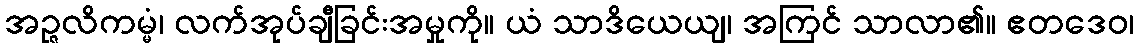
အဉ္ဇလိကမ္မံ၊ လက်အုပ်ချီခြင်းအမှုကို။ ယံ သာဒိယေယျ၊ အကြင် သာလာ၏။ ဧတဒေဝ၊